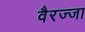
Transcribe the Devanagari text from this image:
वैरज्जा